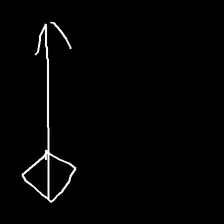
Glyph: focus